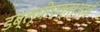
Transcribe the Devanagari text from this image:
डब्लूपीएक्सआई